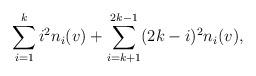
LaTeX: \begin{align*}\sum_{i=1}^{k} i^2 n_i(v)+\sum_{i=k+1}^{2k-1} (2k-i)^2 n_i(v),\end{align*}